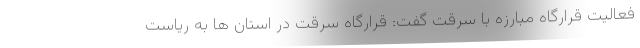
فعالیت قرارگاه مبارزه با سرقت گفت: قرارگاه سرقت در استان ها به ریاست